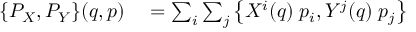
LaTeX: \begin{array} { r l } { \{ P _ { X } , P _ { Y } \} ( q , p ) } & { { } = \sum _ { i } \sum _ { j } \left\{ X ^ { i } ( q ) \; p _ { i } , Y ^ { j } ( q ) \; p _ { j } \right\} } \end{array}